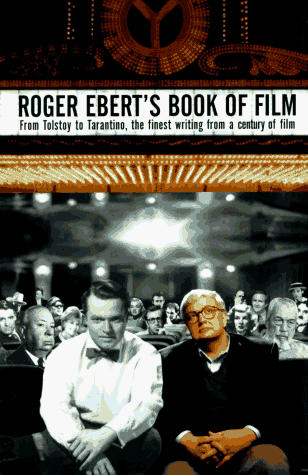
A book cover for Roger Ebert's Book of Film: From Tolstoy to Tarantino, the Finest Writing From a Century of Film; Roger Ebert; Business & Money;